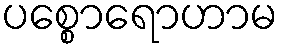
ပစ္စောရောဟာမ